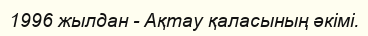
1996 жылдан - Ақтау қаласының әкімі.